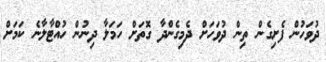
ދުވަހުން ފެށިގެން ތިން ދުވަހަށް ދެމިގެންދާ ގޮތަށް ހަމަލާ ދިނުން ހުއްޓާލާނެ ކަމަށް